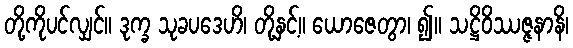
တို့ကိုပင်လျှင်။ ဒုက္ခ သုခပဒေဟိ၊ တို့နှင့်။ ယောဇေတွာ၊ ၍။ သဋ္ဌိဝိဿဇ္ဇနာနိ၊